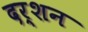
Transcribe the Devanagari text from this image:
दर्‍शन